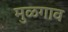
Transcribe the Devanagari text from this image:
मुळगाव